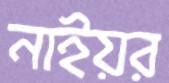
নাইয়র